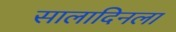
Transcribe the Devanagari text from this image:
सालादिनला